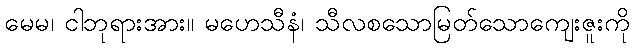
မေမ၊ ငါဘုရားအား။ မဟေသီနံ၊ သီလစသောမြတ်သောကျေးဇူးကို